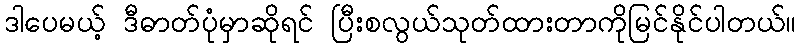
ဒါပေမယ့် ဒီဓာတ်ပုံမှာဆိုရင် ပြီးစလွယ်သုတ်ထားတာကိုမြင်နိုင်ပါတယ်။